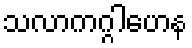
သလာကဂ္ဂါဟေန